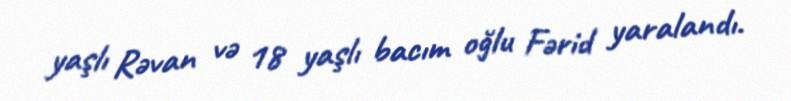
yaşlı Rəvan və 18 yaşlı bacım oğlu Fərid yaralandı.